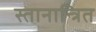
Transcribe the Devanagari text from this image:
स्तानान्त्रित